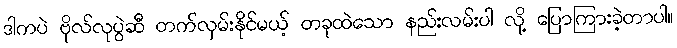
ဒါကပဲ ဗိုလ်လုပွဲဆီ တက်လှမ်းနိုင်မယ့် တခုထဲသော နည်းလမ်းပါ လို့ ပြောကြားခဲ့တာပါ။